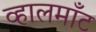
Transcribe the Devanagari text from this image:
व्हालमाँट